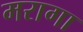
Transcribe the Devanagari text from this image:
मरागा